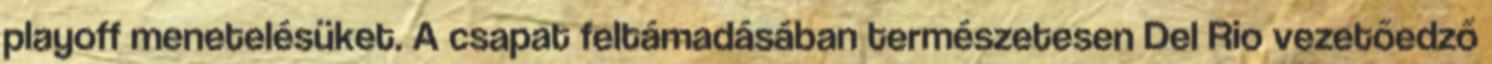
playoff menetelésüket. A csapat feltámadásában természetesen Del Rio vezetőedző